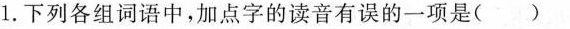
1.下列各组词语中，加点字的语音有误的一项是（ ）